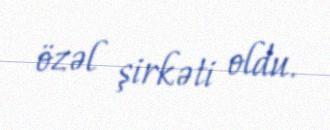
özəl şirkəti oldu.